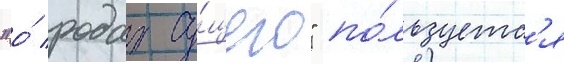
"о́ родах су́щего" по́льзуетс'я